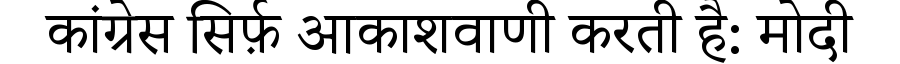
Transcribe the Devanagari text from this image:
कांग्रेस सिर्फ़ आकाशवाणी करती है: मोदी